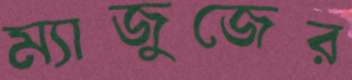
ম্যাজুজের